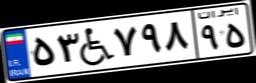
۵۳W۷۹۸۹۵